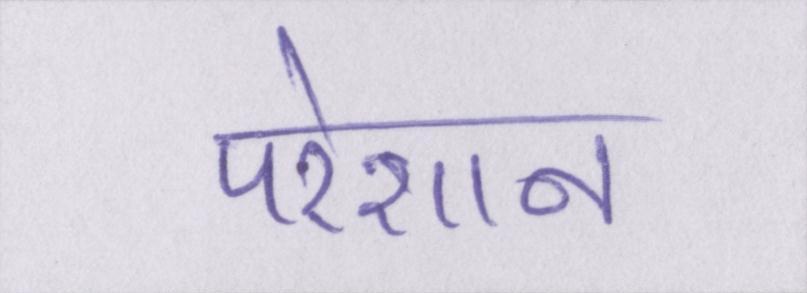
परेशान